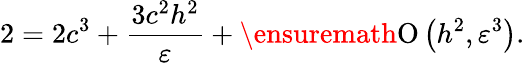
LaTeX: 2=2c^{3}+\frac{3c^{2}h^{2}}{\varepsilon}+\ensuremath{\operatorname{O}\left(h^{2},\varepsilon^{3}\right)}.